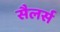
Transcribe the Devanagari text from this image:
सैलर्स